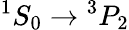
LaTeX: {}^{1}S_{0}\rightarrow{}^{3}P_{2}